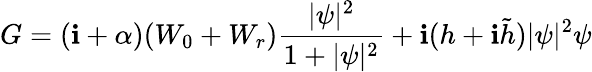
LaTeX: G=(\mathbf{i}+\alpha)(W_{0}+W_{r})\frac{{|\psi|^{2}}}{{1+|\psi|^{2}}}+\mathbf{i}(h+\mathbf{i}\tilde{{h}})|\psi|^{2}\psi